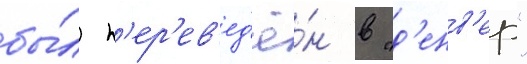
бы́л п'ер'ев'ед'ё́н в "д'енв'ер"